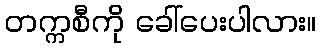
တက္ကစီကို ခေါ်ပေးပါလား။